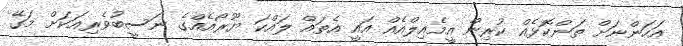
އަހަންނަށް ތަންކޮޅެއް ކުރިން އީމެއިލްއެއް އައީ އެތައް ލައްކަ ޔޫރޯއެއްގެ ނަސީބުވެރިއަކަށް މަގޭ